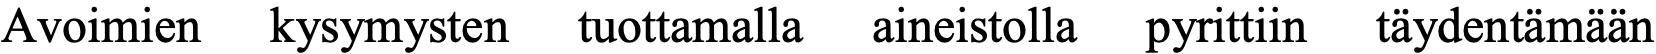
Avoimien kysymysten tuottamalla aineistolla pyrittiin täydentämään